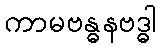
ကာမဗန္ဓနဗဒ္ဓါ